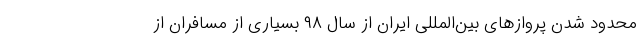
محدود شدن پروازهای بین‌المللی ایران از سال ۹۸ بسیاری از مسافران از